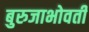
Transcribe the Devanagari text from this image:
बुरुजाभोवती